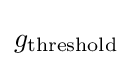
g_{\text{threshold}}